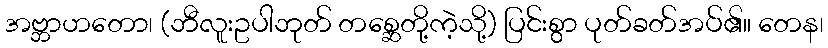
အဗ္ဘာဟတော၊ (ဘီလူးဥပါဘုတ် တစ္ဆေတို့ကဲ့သို့) ပြင်းစွာ ပုတ်ခတ်အပ်၏။ တေန၊